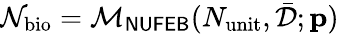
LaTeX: \mathcal{N}_{\mathrm{bio}}=\mathcal{M}_{\sf NUFEB}(N_{\mathrm{unit}},\bar{\mathcal{D}};\mathbf{p})